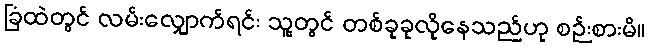
ခြံထဲတွင် လမ်းလျှောက်ရင်း သူ့တွင် တစ်ခုခုလိုနေသည်ဟု စဉ်းစားမိ။